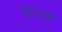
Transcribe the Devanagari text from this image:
तेनच्या